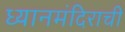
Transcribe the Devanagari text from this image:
ध्यानमंदिराची